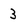
Character: 3